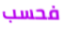
فحسب